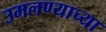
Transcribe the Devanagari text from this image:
उमलण्याच्या